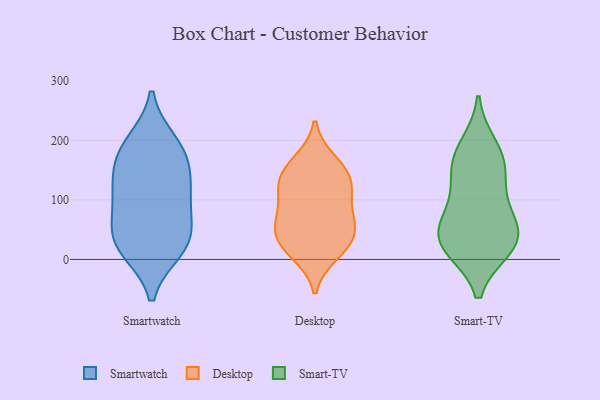
{"axis": {"x": "Waste Production (Tons)", "y": "Value"}, "legend": ["Desktop", "Smart-TV", "Smartwatch"], "data": [{"x": "", "y": 36, "type": "Smartwatch"}, {"x": "", "y": 138, "type": "Smartwatch"}, {"x": "", "y": 88, "type": "Smartwatch"}, {"x": "", "y": 29, "type": "Smartwatch"}, {"x": "", "y": 174, "type": "Smartwatch"}, {"x": "", "y": 98, "type": "Smartwatch"}, {"x": "", "y": 182, "type": "Smartwatch"}, {"x": "", "y": 32, "type": "Smartwatch"}, {"x": "", "y": 195, "type": "Smartwatch"}, {"x": "", "y": 123, "type": "Smartwatch"}, {"x": "", "y": 18, "type": "Smartwatch"}, {"x": "", "y": 45, "type": "Desktop"}, {"x": "", "y": 87, "type": "Desktop"}, {"x": "", "y": 11, "type": "Desktop"}, {"x": "", "y": 62, "type": "Desktop"}, {"x": "", "y": 129, "type": "Desktop"}, {"x": "", "y": 164, "type": "Desktop"}, {"x": "", "y": 122, "type": "Desktop"}, {"x": "", "y": 126, "type": "Desktop"}, {"x": "", "y": 24, "type": "Desktop"}, {"x": "", "y": 66, "type": "Desktop"}, {"x": "", "y": 152, "type": "Desktop"}, {"x": "", "y": 30, "type": "Desktop"}, {"x": "", "y": 165, "type": "Smart-TV"}, {"x": "", "y": 190, "type": "Smart-TV"}, {"x": "", "y": 39, "type": "Smart-TV"}, {"x": "", "y": 92, "type": "Smart-TV"}, {"x": "", "y": 45, "type": "Smart-TV"}, {"x": "", "y": 134, "type": "Smart-TV"}, {"x": "", "y": 70, "type": "Smart-TV"}, {"x": "", "y": 20, "type": "Smart-TV"}, {"x": "", "y": 28, "type": "Smart-TV"}, {"x": "", "y": 20, "type": "Smart-TV"}, {"x": "", "y": 161, "type": "Smart-TV"}]}